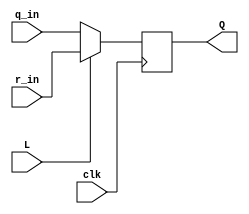
module top_module (
    input clk,
    input L,
    input r_in,
    input q_in,
    output reg Q);

    wire D;
    assign D = L ? r_in : q_in;

    always@(posedge clk) begin
        Q <= D;
    end

endmodule